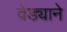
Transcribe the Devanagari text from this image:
वेड्याने